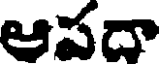
ఆపదా